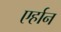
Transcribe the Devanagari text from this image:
एर्हान